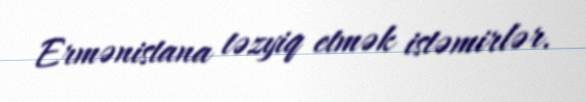
Ermənistana təzyiq etmək istəmirlər.